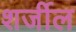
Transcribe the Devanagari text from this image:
शर्जील